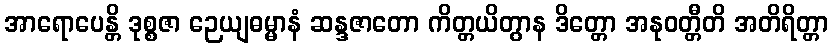
အာရောပေန္တိ ဒုစ္စဇာ ဉေယျဓမ္မာနံ ဆန္ဒဇာတော ကိတ္တယိတွာန ဒိတ္တော အနုဝတ္တီတိ အတိရိတ္တာ